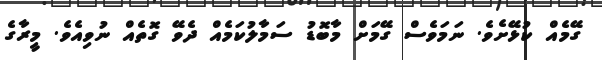
ގޭމެއް ކުޅޭށެވެ. ނަމަވެސް ގޭމަށް މާބޮޑު ސަމާލުކަމެއް ދެވޭ ގޮތެއް ނުވިއެވެ. މީރާގެ